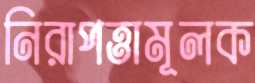
নিরাপত্তামূলক